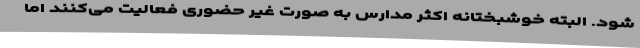
شود. البته خوشبختانه اکثر مدارس به صورت غیر حضوری فعالیت می‌کنند اما